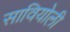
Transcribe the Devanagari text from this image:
सावियोली